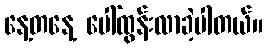
နေ့တနေ့ ပေါ်ထွန်းလာခဲ့ပါတယ်။